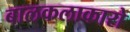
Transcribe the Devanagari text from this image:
बालकलाकारो